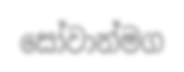
සෝවාන්මග